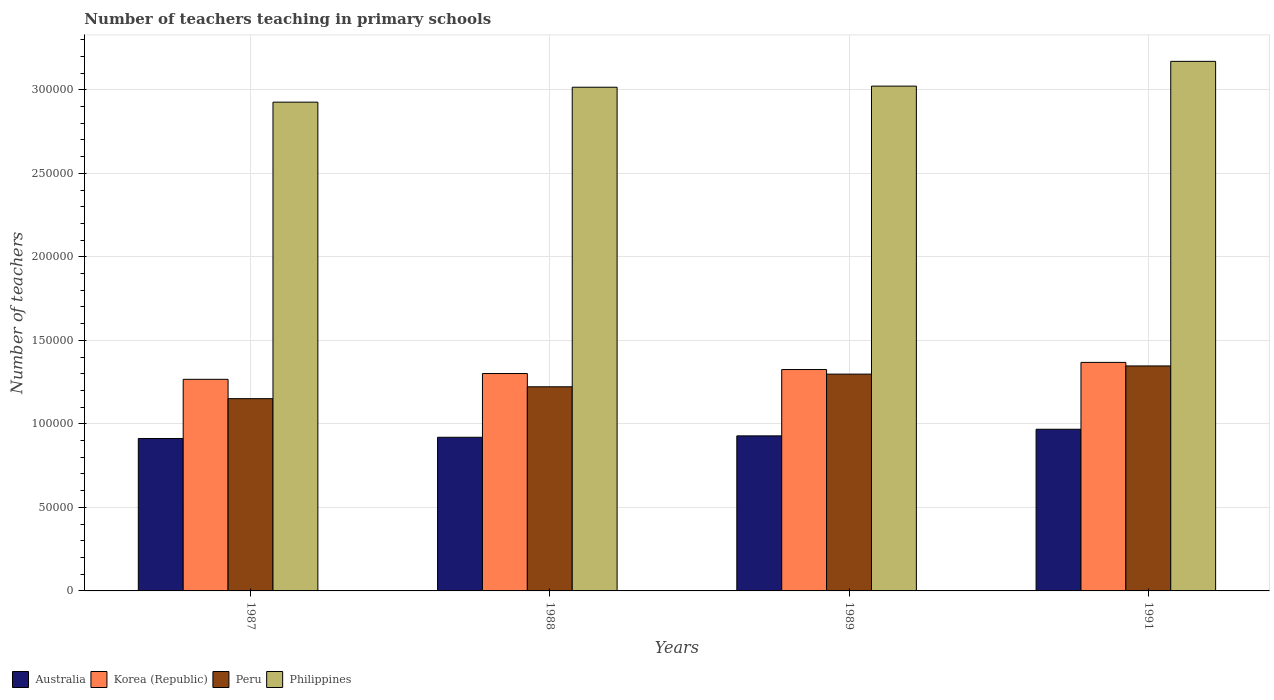
| Years | Australia | Korea (Republic) | Peru | Philippines |
 | --- | --- | --- | --- | --- |
 | 1987 | 9.13e+04 | 1.27e+05 | 1.15e+05 | 2.93e+05 |
 | 1988 | 9.2e+04 | 1.3e+05 | 1.22e+05 | 3.02e+05 |
 | 1989 | 9.28e+04 | 1.33e+05 | 1.3e+05 | 3.02e+05 |
 | 1991 | 9.68e+04 | 1.37e+05 | 1.35e+05 | 3.17e+05 |